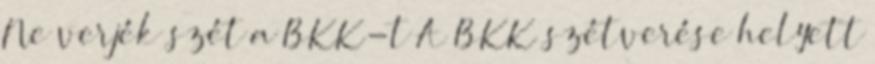
Ne verjék szét a BKK-t A BKK szétverése helyett